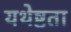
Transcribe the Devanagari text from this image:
यथेष्टता